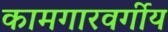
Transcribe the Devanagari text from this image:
कामगारवर्गीय